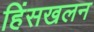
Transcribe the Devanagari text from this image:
हिंसखलन